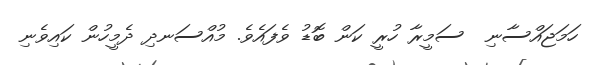
ހަމަޖައްސާނި  ސަމީރާ ހުރީ ކަން ބޮޑު ވެފައެވެ. މުއްސަނދި ދެމީހުން ކައިވެނި